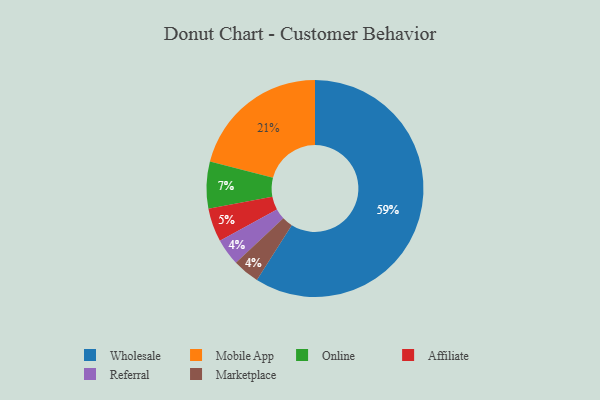
{"axis": {"x": "Category", "y": "Percentage"}, "legend": ["Affiliate", "Marketplace", "Mobile App", "Online", "Referral", "Wholesale"], "data": [{"x": "Referral", "y": 4, "type": "Referral"}, {"x": "Mobile App", "y": 21, "type": "Mobile App"}, {"x": "Online", "y": 7, "type": "Online"}, {"x": "Marketplace", "y": 4, "type": "Marketplace"}, {"x": "Wholesale", "y": 59, "type": "Wholesale"}, {"x": "Affiliate", "y": 5, "type": "Affiliate"}]}